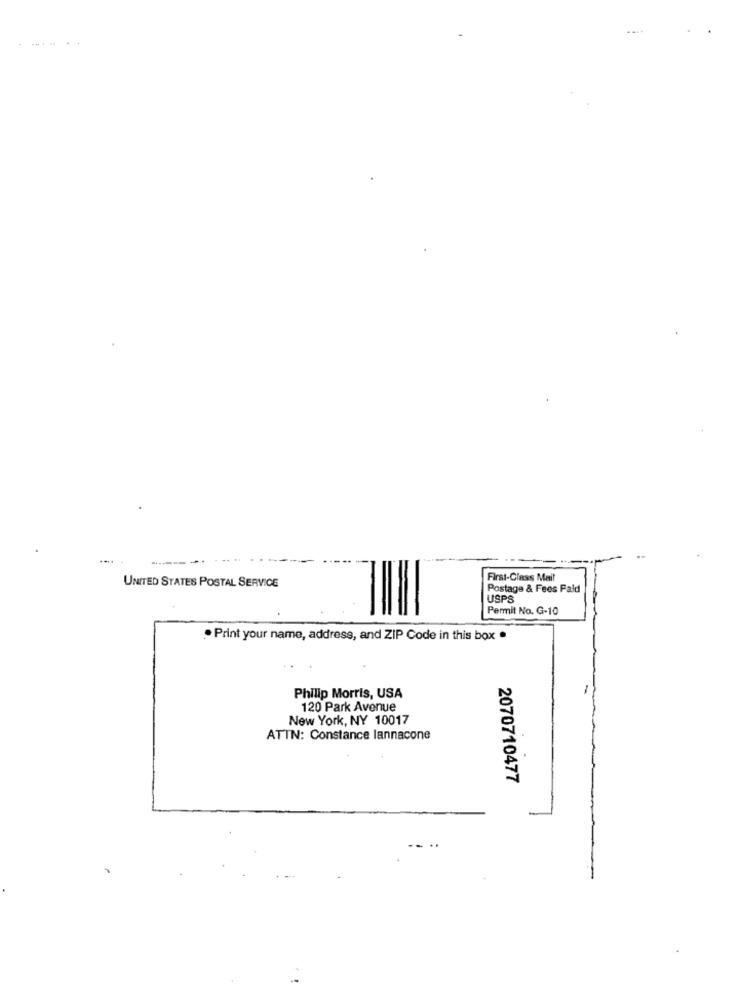
First-Class Mail
UNITED STATES POSTAL SERVICE
Postage & Fees Fald
USPS
Permit No. G-10
. Print your name, address, and ZIP Code in this box .
Philip Morris, USA
120 Park Avenue
New York, NY 10017
ATTN: Constance lannacone
2070710477